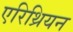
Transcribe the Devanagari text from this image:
एरिथ्रियन